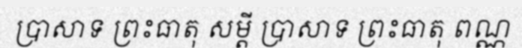
ប្រាសាទ ព្រះធាតុ សម្តី ប្រាសាទ ព្រះធាតុ ពណ្ណ